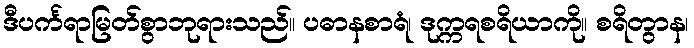
ဒီပင်္ကရာမြတ်စွာဘုရားသည်။ ပဓာနစာရံ၊ ဒုက္ကရစရိယာကို။ စရိတွာန၊